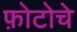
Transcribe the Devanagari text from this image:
फ़ोटोचे